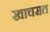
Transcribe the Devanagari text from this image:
खाचरात